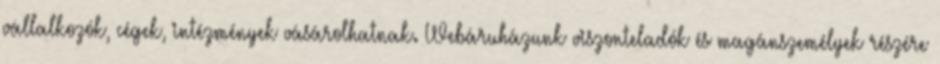
vállalkozók, cégek, intézmények vásárolhatnak. Webáruházunk viszonteladók és magánszemélyek részére